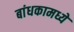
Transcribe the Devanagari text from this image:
बांधकामध्ये